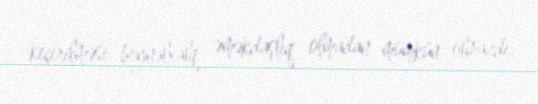
keçirilməsi beynəlxalq əməkdaşlıq olmadan mümkün olmazdı.